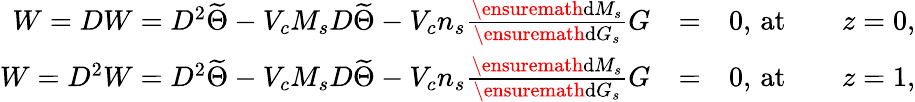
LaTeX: \begin{array}{rlr}{W=DW=D^{2}\widetilde{\Theta}-V_{c}M_{s}D\widetilde{\Theta}-V_{c}n_{s}\frac{\ensuremath{\mathrm{d}}M_{s}}{\ensuremath{\mathrm{d}}G_{s}}G}&{=}&{0,\, \mathrm{at}\qquad z=0,}\\ {W=D^{2}W=D^{2}\widetilde{\Theta}-V_{c}M_{s}D\widetilde{\Theta}-V_{c}n_{s}\frac{\ensuremath{\mathrm{d}}M_{s}}{\ensuremath{\mathrm{d}}G_{s}}G}&{=}&{0,\, \mathrm{at}\qquad z=1,}\end{array}